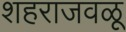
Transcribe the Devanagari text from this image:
शहराजवळू